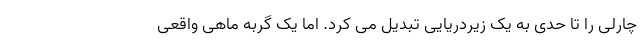
چارلی را تا حدی به یک زیردریایی تبدیل می کرد. اما یک گربه ماهی واقعی